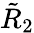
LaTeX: \tilde{R}_{2}